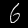
Label: 6